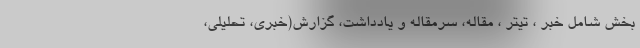
بخش شامل خبر ، تیتر ، مقاله، سرمقاله و یادداشت، گزارش(خبری، تحلیلی،